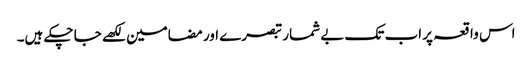
اس واقعہ پر اب تک بے شمار تبصرے اور مضامین لکھے جا چکے ہیں۔